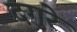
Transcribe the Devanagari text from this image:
दगुरे